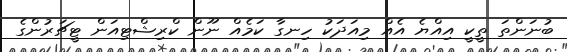
ބުނަންތަ ތީކީ އިއްޔެ އެއް މިއަދަކު ހިނގާ ކަމެއް ނޫން ކްރިޝްޓިއަން ޓީޗަރުންގެ